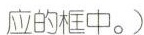
应的框中。)